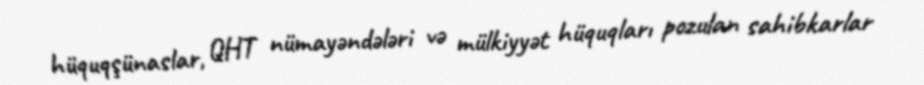
hüquqşünaslar, QHT nümayəndələri və mülkiyyət hüquqları pozulan sahibkarlar